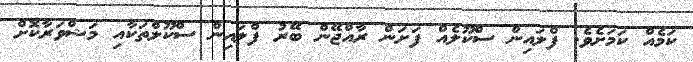
ކަމެއް ކަމަށެވެ. ފްލައިން ސްކޫލެއް ފަށަން ރާއްޖޭން ބޭރު ފްލައިން ސްކޫލްތަކާއި މަޝްވަރާކޮށް